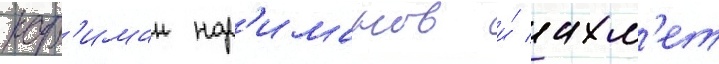
нар'иман нар'иманов и́ ахм'ет